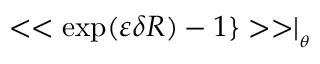
< < \exp ( \varepsilon \delta R ) - 1 \} > > \mid _ { _ { \theta } }